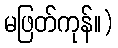
မဖြတ်ကုန်။)